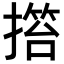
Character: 𢲹